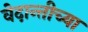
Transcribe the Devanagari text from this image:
वेदान्तीच्या